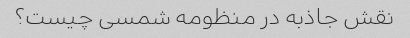
نقش جاذبه در منظومه شمسی چیست؟